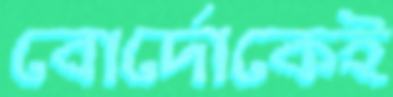
বোর্দোকেই